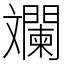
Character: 斕